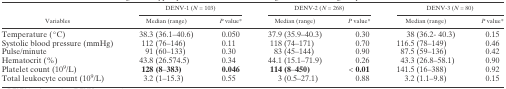
| <ROWSPAN=2> Variables | <COLSPAN=2> DENV-1 (N = 103) | <COLSPAN=2> DENV-2 (N = 268) | <COLSPAN=2> DENV-3 (N = 80) |
 | Median (range) | P value* | Median (range) | P value* | Median (range) | P value* |
 | --- | --- | --- | --- | --- | --- | --- |
 | Temperature (°C) | 38.3 (36.1–40.6) | 0.050 | 37.9 (35.9–40.3) | 0.30 | 38 (36.2- 40.3) | 0.15 |
 | Systolic blood pressure (mmHg) | 112 (76–146) | 0.11 | 118 (74–171) | 0.70 | 116.5 (78–149) | 0.46 |
 | Pulse/minute | 91 (60–133) | 0.30 | 83 (45–144) | 0.90 | 87.5 (59–136) | 0.42 |
 | Hematocrit (%) | 43.8 (26.574.5) | 0.34 | 44.1 (15.1–71.9) | 0.26 | 43.3 (26.8–58.1) | 0.90 |
 | Platelet count (109/L) | 128 (8–383) | 0.046 | 114 (8–450) | < 0.01 | 141.5 (16–388) | 0.92 |
 | Total leukocyte count (109/L) | 3.2 (1–15.3) | 0.55 | 3 (0.5–27.1) | 0.88 | 3.2 (1.1–9.8) | 0.15 |